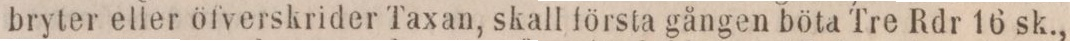
bryter eller öfverskrider Taxan, skall första gången böta Tre Rdr 16 sk.,